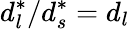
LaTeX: d_{l}^{*}/d_{s}^{*}=d_{l}